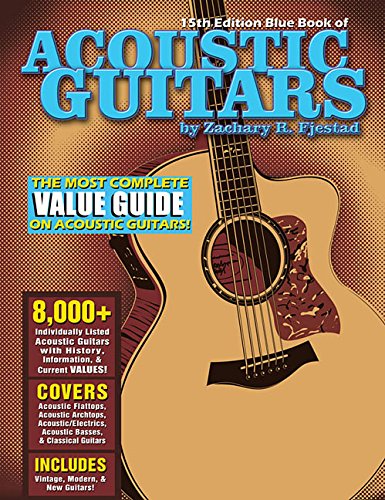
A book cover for Blue Book of Acoustic Guitars; Zachary R. Fjestad; Crafts, Hobbies & Home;